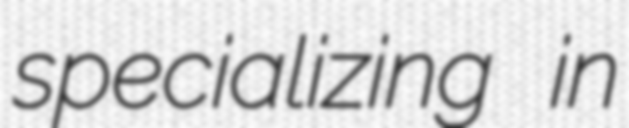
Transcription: specializing in